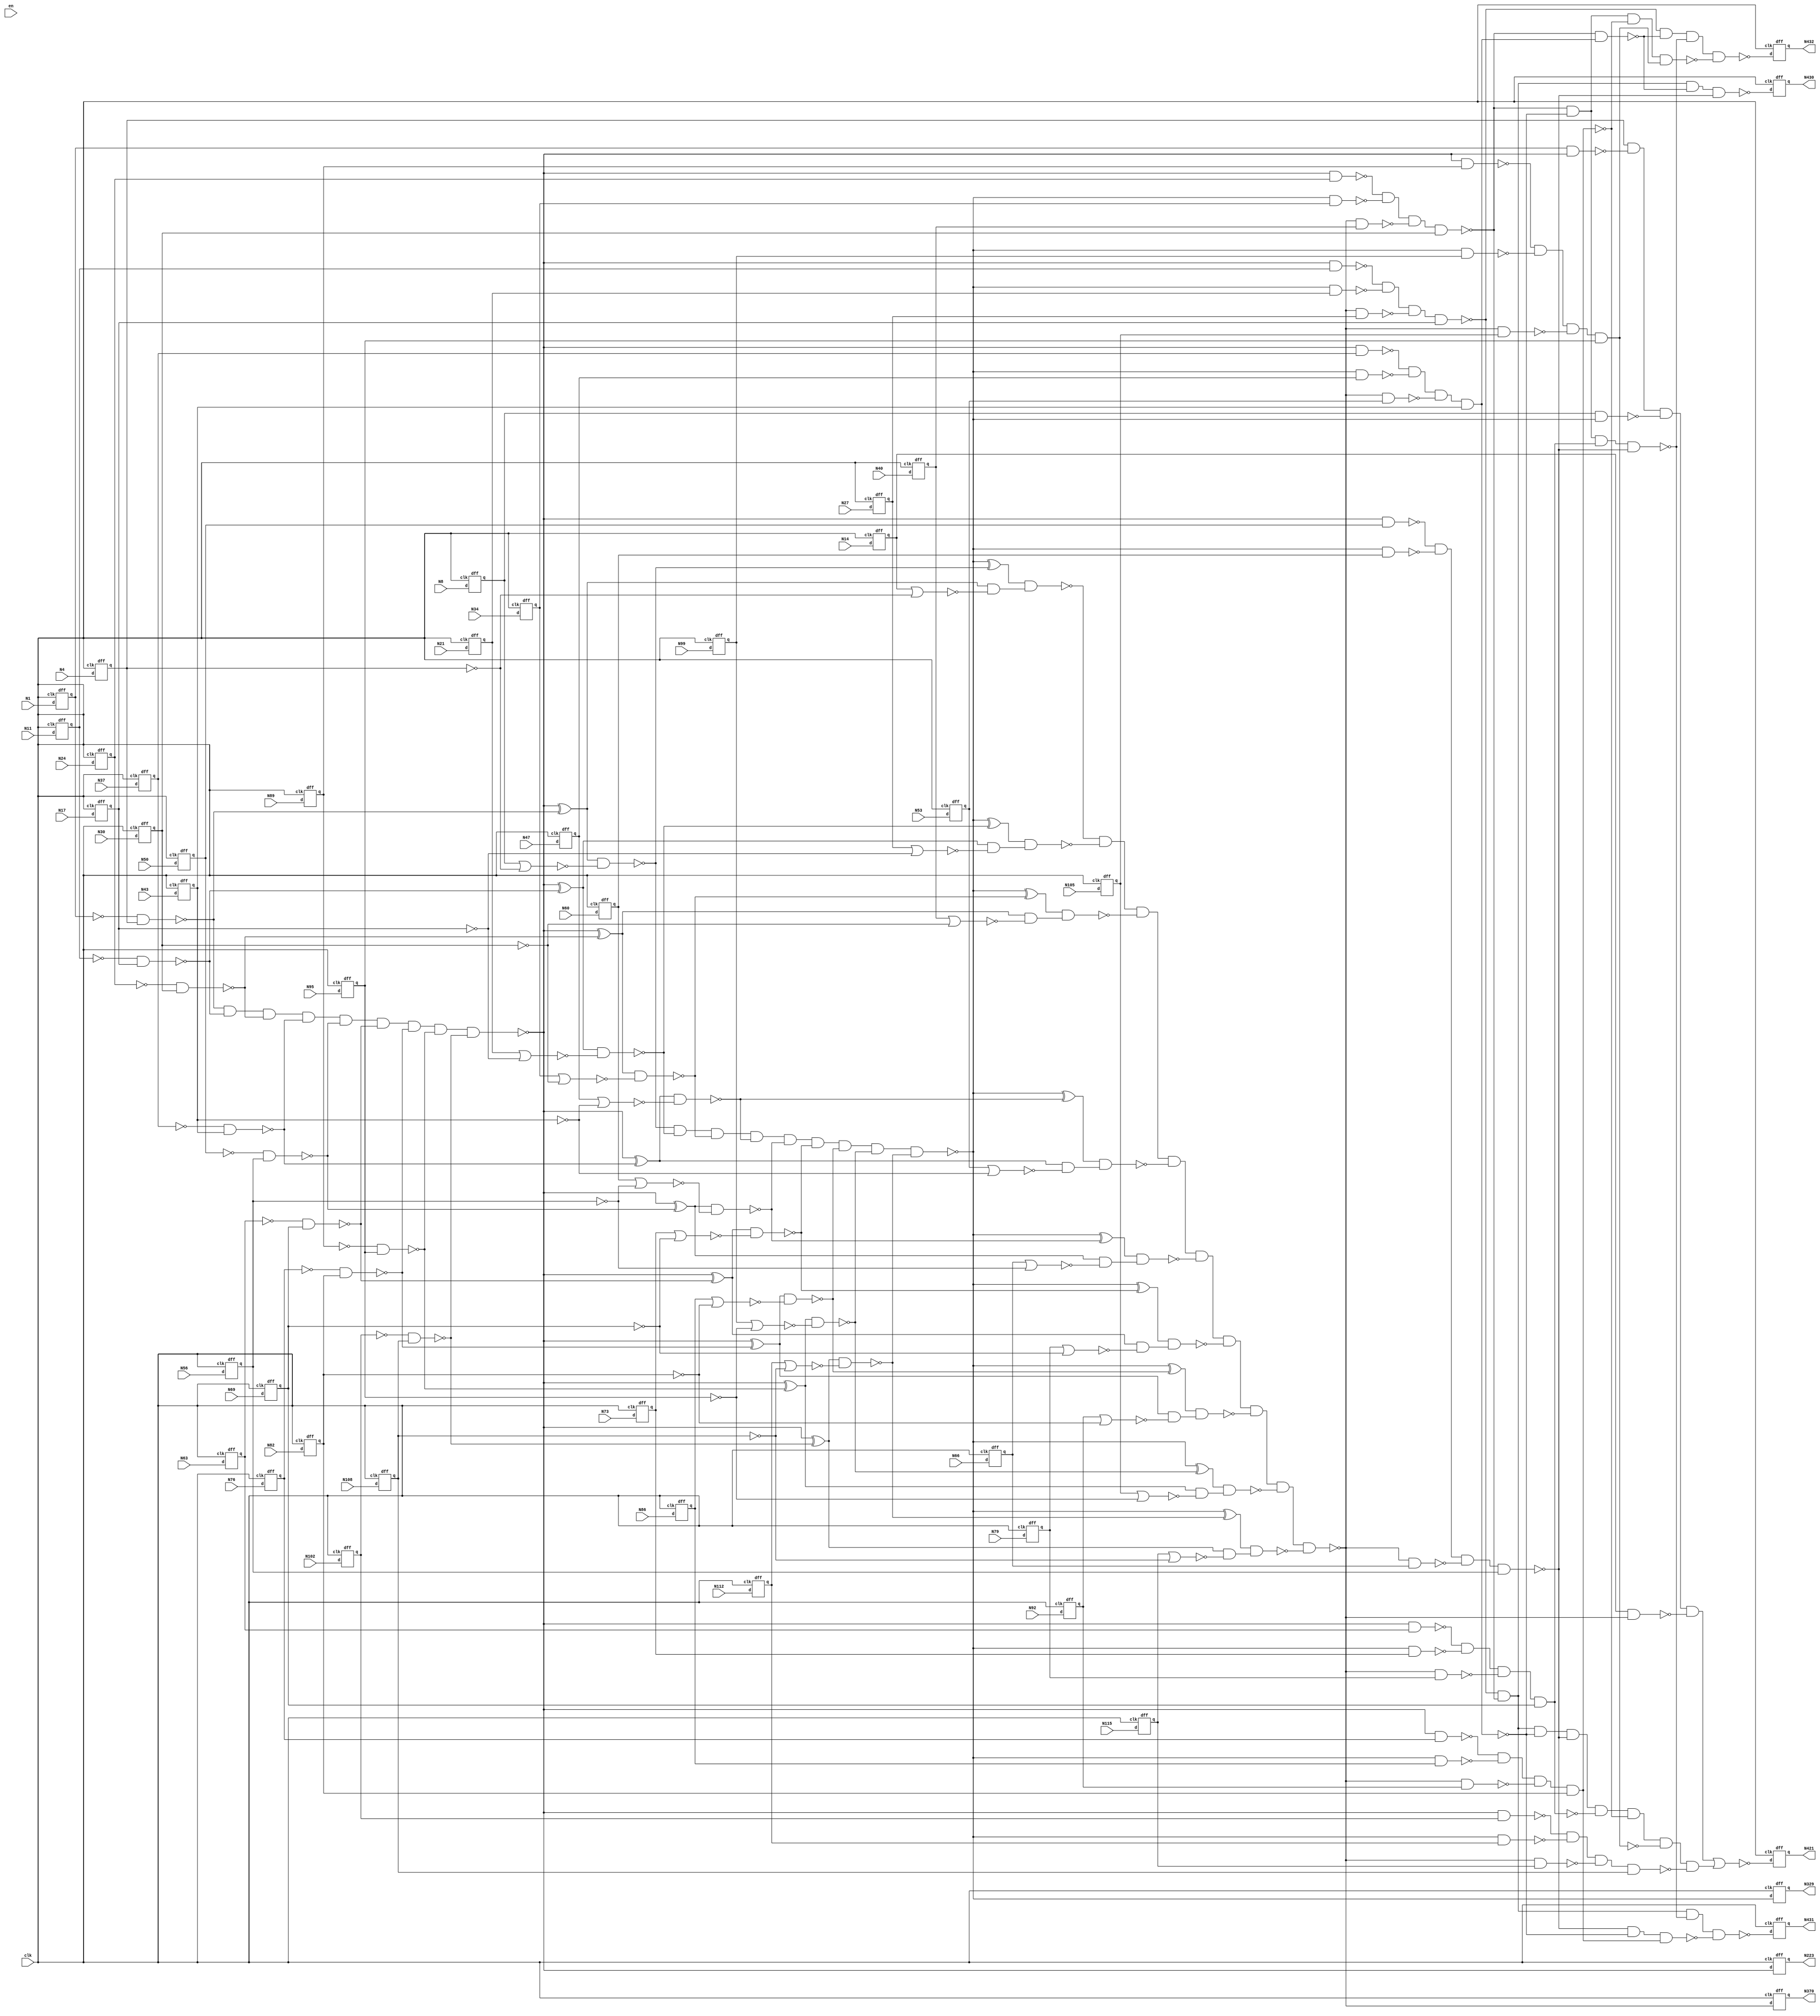
//c432, input = 36, output = 7

module c432 (en, clk, N1, N4, N8, N11, N14, N17, N21, N24, N27, N30, N34, N37, N40, N43, N47, N50, N53, N56, N60, N63, N66, N69, N73, N76, N79, N82, N86, N89, 
			 N92, N95, N99, N102, N105, N108, N112, N115,N223, N329, N370, N421, N430, N431, N432);

input en, clk, N1, N4, N8, N11, N14, N17, N21, N24, N27, N30, N34, N37, N40, N43, N47, N50, N53, N56, N60, N63, N66, N69, N73, N76, N79, N82, N86, N89, N92, N95, N99, N102, N105, N108, N112, N115;

output N223, N329, N370, N421, N430, N431, N432;

wire error, d223, d329, d370, d421, d430, d431, d432, d1, d4, d8, d11, d14, d17, d21, d24, d27, d30, d34, d37, d40, d43, d47, d50, d53, d56, d60, d63, 
d66, d69, d73, d76, d79, d82, d86, d89, d92, d95, d99, d102, d105, d108, d112, d115, N118, N119, N122, N123, N126, N127, N130, N131, N134, N135, N138, 
N139, N142, N143, N146, N147, N150, N151, N154, N157, N158, N159, N162, N165, N168, N171, N174, N177, N180, N183, N184, N185, N186, N187, N188, N189, 
N190, N191, N192, N193, N194, N195, N196, N197, N198, N199, N203, N213, N224, N227, N230, N233, N236, N239, N242, N243, N246, N247, N250, N251, N254, 
N255, N256, N257, N258, N259, N260, N263, N264, N267, N270, N273, N276, N279, N282, N285, N288, N289, N290, N291, N292, N293, N294, N295, N296, N300, 
N301, N302, N303, N304, N305, N306, N307, N308, N309, N319, N330, N331, N332, N333, N334, N335, N336, N337, N338, N339, N340, N341, N342, N343, N344, 
N345, N346, N347, N348, N349, N350, N351, N352, N353, N354, N355, N356, N357, N360, N371, N372, N373, N374, N375, N376, N377, N378, N379, N380, N381, 
N386, N393, N399, N404, N407, N411, N414, N415, N416, N417, N418, N419, N420, N422, N425, N428, N429;

not NOT1_1 (N118, d1);
not NOT1_2 (N119, d4);
not NOT1_3 (N122, d11);
not NOT1_4 (N123, d17);
not NOT1_5 (N126, d24);
not NOT1_6 (N127, d30);
not NOT1_7 (N130, d37);
not NOT1_8 (N131, d43);
not NOT1_9 (N134, d50);
not NOT1_10 (N135, d56);
not NOT1_11 (N138, d63);
not NOT1_12 (N139, d69);
not NOT1_13 (N142, d76);
not NOT1_14 (N143, d82);
not NOT1_15 (N146, d89);
not NOT1_16 (N147, d95);
not NOT1_17 (N150, d102);
not NOT1_18 (N151, d108);
nand NAND2_19 (N154, N118, d4);
nor NOR2_20 (N157, d8, N119);
nor NOR2_21 (N158, d14, N119);
nand NAND2_22 (N159, N122, d17);
nand NAND2_23 (N162, N126, d30);
nand NAND2_24 (N165, N130, d43);
nand NAND2_25 (N168, N134, d56);
nand NAND2_26 (N171, N138, d69);
nand NAND2_27 (N174, N142, d82);
nand NAND2_28 (N177, N146, d95);
nand NAND2_29 (N180, N150, d108);
nor NOR2_30 (N183, d21, N123);
nor NOR2_31 (N184, d27, N123);
nor NOR2_32 (N185, d34, N127);
nor NOR2_33 (N186, d40, N127);
nor NOR2_34 (N187, d47, N131);
nor NOR2_35 (N188, d53, N131);
nor NOR2_36 (N189, d60, N135);
nor NOR2_37 (N190, d66, N135);
nor NOR2_38 (N191, d73, N139);
nor NOR2_39 (N192, d79, N139);
nor NOR2_40 (N193, d86, N143);
nor NOR2_41 (N194, d92, N143);
nor NOR2_42 (N195, d99, N147);
nor NOR2_43 (N196, d105, N147);
nor NOR2_44 (N197, d112, N151);
nor NOR2_45 (N198, d115, N151);
and AND9_46 (N199, N154, N159, N162, N165, N168, N171, N174, N177, N180);
not NOT1_47 (N203, N199);
not NOT1_48 (N213, N199);
not NOT1_49 (d223, N199);
xor XOR2_50 (N224, N203, N154);
xor XOR2_51 (N227, N203, N159);
xor XOR2_52 (N230, N203, N162);
xor XOR2_53 (N233, N203, N165);
xor XOR2_54 (N236, N203, N168);
xor XOR2_55 (N239, N203, N171);
nand NAND2_56 (N242, d1, N213);
xor XOR2_57 (N243, N203, N174);
nand NAND2_58 (N246, N213, d11);
xor XOR2_59 (N247, N203, N177);
nand NAND2_60 (N250, N213, d24);
xor XOR2_61 (N251, N203, N180);
nand NAND2_62 (N254, N213, d37);
nand NAND2_63 (N255, N213, d50);
nand NAND2_64 (N256, N213, d63);
nand NAND2_65 (N257, N213, d76);
nand NAND2_66 (N258, N213, d89);
nand NAND2_67 (N259, N213, d102);
nand NAND2_68 (N260, N224, N157);
nand NAND2_69 (N263, N224, N158);
nand NAND2_70 (N264, N227, N183);
nand NAND2_71 (N267, N230, N185);
nand NAND2_72 (N270, N233, N187);
nand NAND2_73 (N273, N236, N189);
nand NAND2_74 (N276, N239, N191);
nand NAND2_75 (N279, N243, N193);
nand NAND2_76 (N282, N247, N195);
nand NAND2_77 (N285, N251, N197);
nand NAND2_78 (N288, N227, N184);
nand NAND2_79 (N289, N230, N186);
nand NAND2_80 (N290, N233, N188);
nand NAND2_81 (N291, N236, N190);
nand NAND2_82 (N292, N239, N192);
nand NAND2_83 (N293, N243, N194);
nand NAND2_84 (N294, N247, N196);
nand NAND2_85 (N295, N251, N198);
and AND9_86 (N296, N260, N264, N267, N270, N273, N276, N279, N282, N285);
not NOT1_87 (N300, N263);
not NOT1_88 (N301, N288);
not NOT1_89 (N302, N289);
not NOT1_90 (N303, N290);
not NOT1_91 (N304, N291);
not NOT1_92 (N305, N292);
not NOT1_93 (N306, N293);
not NOT1_94 (N307, N294);
not NOT1_95 (N308, N295);
not NOT1_96 (N309, N296);
not NOT1_97 (N319, N296);
not NOT1_98 (d329, N296);
xor XOR2_99 (N330, N309, N260);
xor XOR2_100 (N331, N309, N264);
xor XOR2_101 (N332, N309, N267);
xor XOR2_102 (N333, N309, N270);
nand NAND2_103 (N334, d8, N319);
xor XOR2_104 (N335, N309, N273);
nand NAND2_105 (N336, N319, d21);
xor XOR2_106 (N337, N309, N276);
nand NAND2_107 (N338, N319, d34);
xor XOR2_108 (N339, N309, N279);
nand NAND2_109 (N340, N319, d47);
xor XOR2_110 (N341, N309, N282);
nand NAND2_111 (N342, N319, d60);
xor XOR2_112 (N343, N309, N285);
nand NAND2_113 (N344, N319, d73);
nand NAND2_114 (N345, N319, d86);
nand NAND2_115 (N346, N319, d99);
nand NAND2_116 (N347, N319, d112);
nand NAND2_117 (N348, N330, N300);
nand NAND2_118 (N349, N331, N301);
nand NAND2_119 (N350, N332, N302);
nand NAND2_120 (N351, N333, N303);
nand NAND2_121 (N352, N335, N304);
nand NAND2_122 (N353, N337, N305);
nand NAND2_123 (N354, N339, N306);
nand NAND2_124 (N355, N341, N307);
nand NAND2_125 (N356, N343, N308);
and AND9_126 (N357, N348, N349, N350, N351, N352, N353, N354, N355, N356);
not NOT1_127 (N360, N357);
not NOT1_128 (d370, N357);
nand NAND2_129 (N371, d14, N360);
nand NAND2_130 (N372, N360, d27);
nand NAND2_131 (N373, N360, d40);
nand NAND2_132 (N374, N360, d53);
nand NAND2_133 (N375, N360, d66);
nand NAND2_134 (N376, N360, d79);
nand NAND2_135 (N377, N360, d92);
nand NAND2_136 (N378, N360, d105);
nand NAND2_137 (N379, N360, d115);
nand NAND4_138 (N380, d4, N242, N334, N371);
nand NAND4_139 (N381, N246, N336, N372, d17);
nand NAND4_140 (N386, N250, N338, N373, d30);
nand NAND4_141 (N393, N254, N340, N374, d43);
nand NAND4_142 (N399, N255, N342, N375, d56);
nand NAND4_143 (N404, N256, N344, N376, d69);
nand NAND4_144 (N407, N257, N345, N377, d82);
nand NAND4_145 (N411, N258, N346, N378, d95);
nand NAND4_146 (N414, N259, N347, N379, d108);
not NOT1_147 (N415, N380);
and AND8_148 (N416, N381, N386, N393, N399, N404, N407, N411, N414);
not NOT1_149 (N417, N393);
not NOT1_150 (N418, N404);
not NOT1_151 (N419, N407);
not NOT1_152 (N420, N411);
nor NOR2_153 (d421, N415, N416);
nand NAND2_154 (N422, N386, N417);
nand NAND4_155 (N425, N386, N393, N418, N399);
nand NAND3_156 (N428, N399, N393, N419);
nand NAND4_157 (N429, N386, N393, N407, N420);
nand NAND4_158 (d430, N381, N386, N422, N399);
nand NAND4_159 (d431, N381, N386, N425, N428);
nand NAND4_160 (d432, N381, N422, N425, N429);

// D Flip-Flops in front of input	
	dff a1  (d1,  N1,  clk);
	dff a2  (d4,  N4,  clk);
	dff a3  (d8,  N8,  clk);
	dff a4  (d11, N11, clk);
	dff a5  (d14, N14, clk);
	dff a6  (d17, N17, clk);
	dff a7  (d21, N21, clk);
	dff a8  (d24, N24, clk);
	dff a9  (d27, N27, clk);
	dff a10 (d30, N30, clk); 	
	dff a11 (d34, N34, clk);	
	dff a12 (d37, N37, clk);
	dff a13 (d40, N40, clk);
	dff a14 (d43, N43, clk);
	dff a15 (d47, N47, clk);
	dff a16 (d50, N50, clk);
	dff a17 (d53, N53, clk);
	dff a18 (d56, N56, clk);
	dff a19 (d60, N60, clk);	
	dff a20 (d63, N63, clk);
	dff a21 (d66, N66, clk);
	dff a22 (d69, N69, clk);
	dff a23 (d73, N73, clk);
	dff a24 (d76, N76, clk);
	dff a25 (d79, N79, clk);	
	dff a26 (d82, N82, clk); 	
	dff a27 (d86, N86, clk);	
	dff a28 (d89, N89, clk);
	dff a29 (d92, N92, clk);	
	dff a30 (d95, N95, clk); 	
	dff a31 (d99, N99, clk);	
	dff a32 (d102, N102, clk);
	dff a33 (d105, N105, clk);	
	dff a34 (d108, N108, clk); 	
	dff a35 (d112, N112, clk);	
	dff a36 (d115, N115, clk);	

// D Flip-Flops after output
	dff b1 (N223, d223, clk);	
	dff b2 (N329, d329, clk);
	dff b3 (N370, d370, clk);
	dff b4 (N421, d421, clk);
	dff b5 (N430, d430, clk); 
	dff b6 (N431, d431, clk);
	dff b7 (N432, d432, clk);
	
endmodule

module dff(q, d, clk);
	input  d, clk;
	output reg q;

always @ (posedge clk)
	q <= d;
	
endmodule

//-------------------------------------------------------------------------------
//write test bench here

`timescale 1ns/ 1ps

module Testbench_c432();

reg clk, en, N1, N4, N8, N11, N14, N17, N21, N24, N27, N30, N34, N37, N40, N43, N47, N50, N53, N56, N60, N63, N66, N69, N73, N76, N79, N82, N86, N89, N92, N95, N99, N102, N105, N108, N112, N115;
wire N223, N329, N370, N421, N430, N431, N432;
 
 //instantiation
 c432 dut(
	.N1(N1),	
	.N4(N4),
	.N8(N8),
	.N11(N11),
	.N14(N14),
	.N17(N17),
	.N21(N21),
	.N24(N24),
	.N27(N27),
	.N30(N30),
	.N34(N34),
	.N37(N37),
	.N40(N40),
	.N43(N43),
	.N47(N47),
	.N50(N50),
	.N53(N53),
	.N56(N56),
	.N60(N60),
	.N63(N63),
	.N66(N66),
	.N69(N69),
	.N73(N73),
	.N76(N76),
	.N79(N79),
	.N82(N82),
	.N86(N86),
	.N89(N89),
	.N92(N92),
	.N95(N95),
	.N99(N99),
	.N102(N102),
	.N105(N105),
	.N108(N108),
	.N112(N112),	
	.N115(N115),
	.clk(clk),
	.en(en),	
//output port mapping	

	.N223(N223),
	.N329(N329),
	.N370(N370),
	.N421(N421),
	.N430(N430),
	.N431(N431),
	.N432(N432)
);

initial begin
	clk = 0; en = 0; N1=clk; N4=clk; N8=clk; N11=clk; N14=clk; N17=clk; N21=clk; N24=clk; N27=clk; N30=clk; N34=clk; N37=clk; N40=clk; N43=clk; 
	N47=clk; N50=clk; N53=clk; N56=clk; N60=clk; N63=clk; N66=clk; N69=clk; N73=clk; N76=clk; N79=clk; N82=clk; N86=clk; N89=clk; N92=clk; N95=clk; 
	N99=clk; N102=clk; N105=clk; N108=clk; N112=clk; N115=clk;

	//$dumpfile ("c432.vcd"); 
	//$dumpvars(0,Testbench_c432);
end

initial begin
	#0.4 en = 0;

end
	
always @ (posedge clk)
	$display("%3d, %1b, %1b, %1b, %1b, %1b, %1b, %1b, %1b, %1b, %1b, %1b, %1b, %1b, %1b, %1b, %1b, %1b, %1b, %1b, %1b, %1b, %1b, %1b, %1b, %1b, %1b, %1b, %1b, %1b, %1b, %1b, %1b, %1b, %1b, %1b, %1b, %1b, %1b, %1b, %1b, %1b, %1b, %1b, %1b", $time, N1, N4, N8, N11, N14, N17, N21, N24, N27, N30, N34, N37, N40, N43, N47, N50, N53, N56, N60, N63, N66, N69, N73, N76, N79, N82, N86, N89, N92, N95, N99, N102, N105, N108, N112, N115, en, N223, N329, N370, N421, N430, N431, N432);
	
	always		#1 clk = ~clk;
	always		#36 N1 = ~N1;
	always		#35 N4 = ~N4;	
	always		#34 N8 = ~N8;
	always		#33 N11 = ~N11;
	always		#32 N14 = ~N14;
	always		#31 N17 = ~N17;
	always		#30 N21 = ~N21;
	always		#29 N24 = ~N24;
	always		#28 N27 = ~N27;
	always		#27 N30 = ~N30;
	always		#26 N34 = ~N34;
	always 
		#25 N37 = ~N37;
	always 
		#24 N40 = ~N40;
	always 
		#23 N43 = ~N43;
	always 
		#22 N47 = ~N47;
	always 
		#21 N50 = ~N50;
	always 
		#20 N53 = ~N53;
	always 
		#19 N56 = ~N56; 
	always 
		#18 N60 = ~N60;
	always 
		#17 N63 = ~N63;
	always 
		#16 N66 = ~N66;
	always 
		#15 N69 = ~N69;
	always 
		#14 N73 = ~N73;
	always 
		#13 N76 = ~N76;
	always 
		#12 N79 = ~N79;
	always 
		#11 N82 = ~N82;
	always 
		#10 N86 = ~N86;
	always 
		#9  N89 = ~N89;
	always 
		#8  N92 = ~N92;
	always 
		#7  N95 = ~N95;
	always 
		#6  N99 = ~N99;
	always 
		#5 N102 = ~N102;
	always 
		#4 N105 = ~N105;
	always 
		#3 N108 = ~N108;
	always 
		#2 N112 = ~N112;
	always 
		#1 N115 = ~N115;

initial #4096 $finish;

endmodule